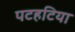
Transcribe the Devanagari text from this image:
पटहटिया